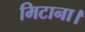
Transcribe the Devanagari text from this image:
मिटाना।